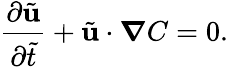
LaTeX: \frac{\partial{\tilde{\mathbf{u}}}}{\partial\tilde{t}}+\tilde{\mathbf{u}}\cdot\boldsymbol{\nabla}C=0.